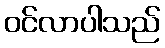
ဝင်လာပါသည်